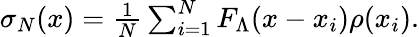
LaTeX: \begin{array}{r}{\sigma_{N}(x)=\frac{1}{N}\sum_{i=1}^{N}F_{\Lambda}(x-x_{i})\rho(x_{i}).}\end{array}